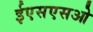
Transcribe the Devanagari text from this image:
ईएसएसओ